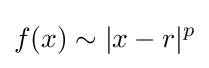
f(x)\sim |x-r|^{p}